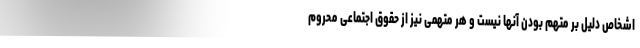
اشخاص دلیل بر متهم بودن آنها نیست و هر متهمی نیز از حقوق اجتماعی محروم